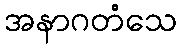
အနာဂတံသေ